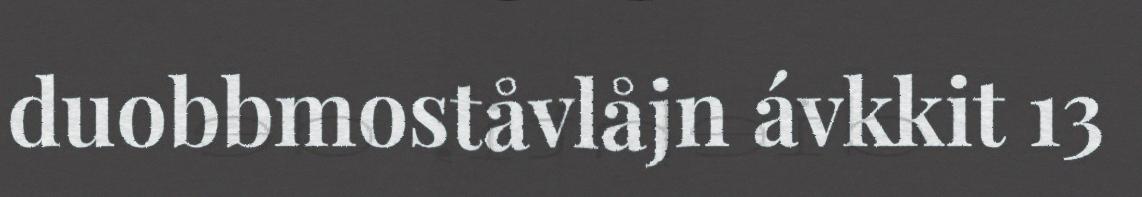
duobbmoståvlåjn ávkkit 13